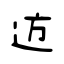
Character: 䢍